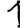
Digit: 1